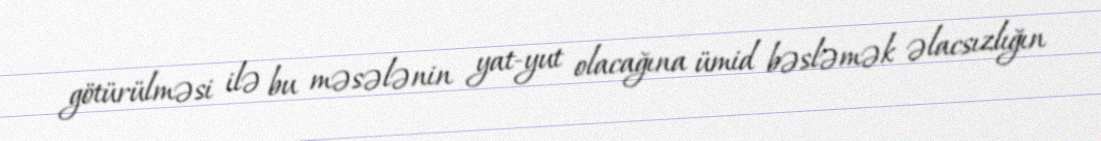
götürülməsi ilə bu məsələnin yat-yut olacağına ümid bəsləmək əlacsızlığın